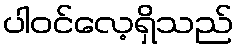
ပါဝင်လေ့ရှိသည်